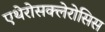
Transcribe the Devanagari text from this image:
एथेरोसक्लेरोसिस